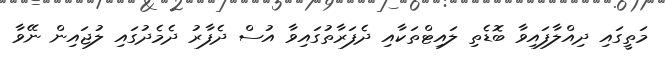
މަތީގައި ދިއްލާފައިވާ ބޮޑެތި ލައިޓްތަކާއި ދެފަރާތުގައިވާ އުސް ދެފާރު ދެމެދުގައި ލުޖައިން ނޭވާ